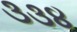
૩૩૪